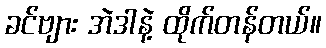
ခင်ဗျား အဲဒါနဲ့ ထိုက်တန်တယ်။